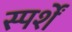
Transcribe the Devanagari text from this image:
स्पर्शें